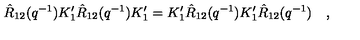
\hat { R } _ { 1 2 } ( q ^ { - 1 } ) K _ { 1 } ^ { \prime } \hat { R } _ { 1 2 } ( q ^ { - 1 } ) K _ { 1 } ^ { \prime } = K _ { 1 } ^ { \prime } \hat { R } _ { 1 2 } ( q ^ { - 1 } ) K _ { 1 } ^ { \prime } \hat { R } _ { 1 2 } ( q ^ { - 1 } ) \quad ,